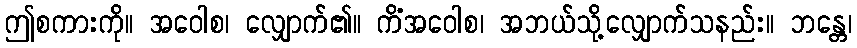
ဤစကားကို။ အဝေါစ၊ လျှောက်၏။ ကိံအဝေါစ၊ အဘယ်သို့လျှောက်သနည်း။ ဘန္တေ၊